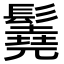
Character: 𩯆